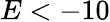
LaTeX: E<-10